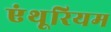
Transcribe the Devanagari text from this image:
एंथूरियम